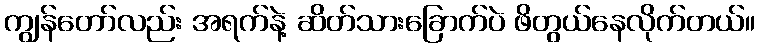
ကျွန်တော်လည်း အရက်နဲ့ ဆိတ်သားခြောက်ပဲ ဖိတွယ်နေလိုက်တယ်။